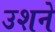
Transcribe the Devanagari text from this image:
उशने